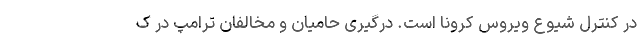
در کنترل شیوع ویروس کرونا است. درگیری حامیان و مخالفان ترامپ در ک